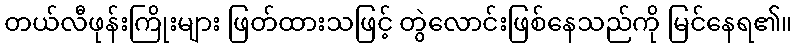
တယ်လီဖုန်းကြိုးများ ဖြတ်ထားသဖြင့် တွဲလောင်းဖြစ်နေသည်ကို မြင်နေရ၏။